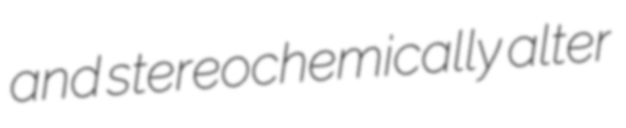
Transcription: and stereochemically alter